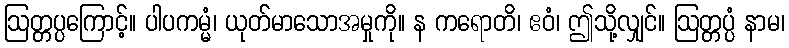
ဩတ္တပ္ပကြောင့်။ ပါပကမ္မံ၊ ယုတ်မာသောအမှုကို။ န ကရောတိ၊ ဧဝံ၊ ဤသို့လျှင်။ ဩတ္တပ္ပံ နာမ၊